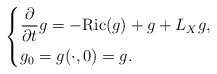
\begin{align*}\left\{\begin{aligned}&\frac{\partial}{\partial t}g=-{\rm{ Ric }}(g)+g+L_Xg,\\&g_0=g(\cdot,0)=g. \end{aligned} \right.\end{align*}